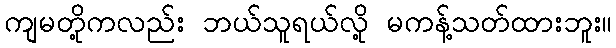
ကျမတို့ကလည်း ဘယ်သူရယ်လို့ မကန့်သတ်ထားဘူး။